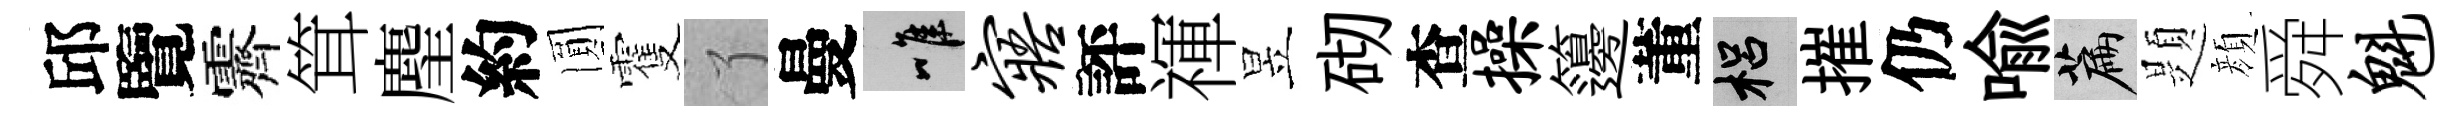
邱覽霽䇯麈約圎䨥了曼唯寤評禈昱砌查操籩董梠摧仍喻篇題顔舜魁